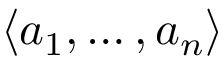
\langle a _ { 1 } , \ldots , a _ { n } \rangle